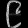
Digit: ၉